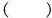
( )